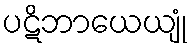
ပဋိဘာယေယျုံ